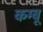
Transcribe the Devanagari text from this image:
कम्बू